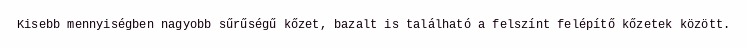
Kisebb mennyiségben nagyobb sűrűségű kőzet, bazalt is található a felszínt felépítő kőzetek között.